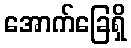
အောက်ခြေရှိ